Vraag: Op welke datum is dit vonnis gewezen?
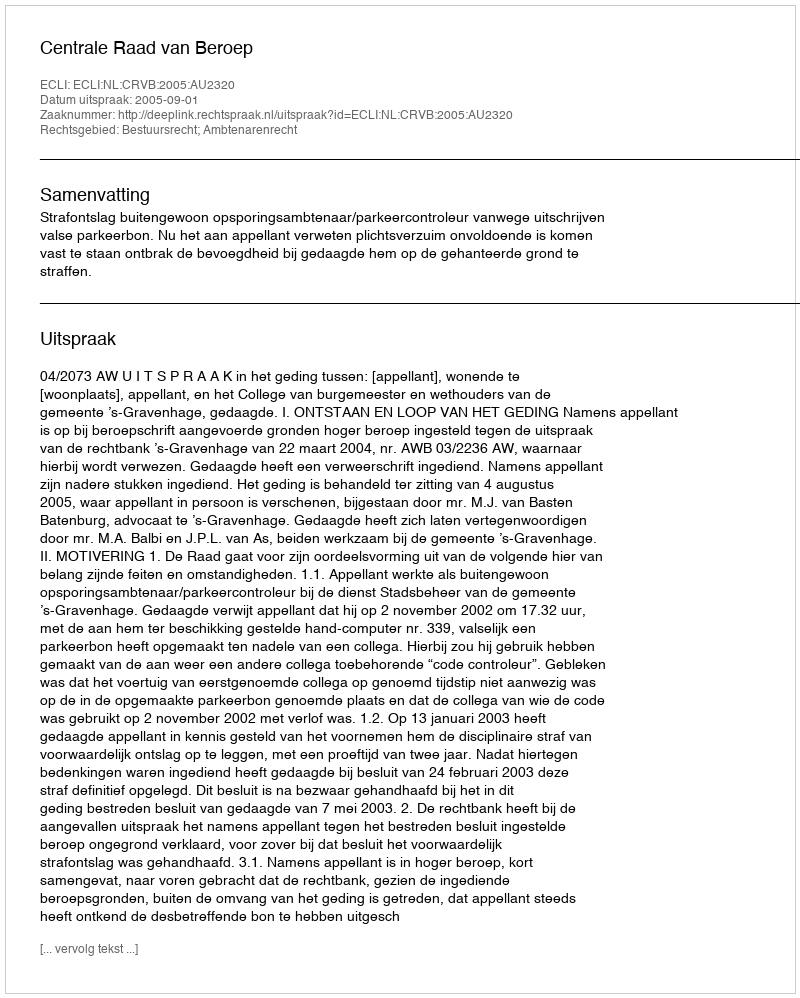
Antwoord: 2005-09-01